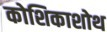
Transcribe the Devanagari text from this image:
कोशिकाशोथ